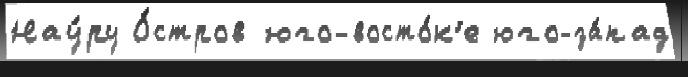
Нау́ру О́стров юго-восто́к'е юго-за́пад